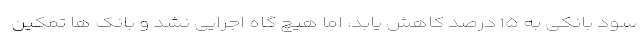
سود بانکی به ۱۵ درصد کاهش یابد، اما هیچ گاه اجرایی نشد و بانک ها تمکین